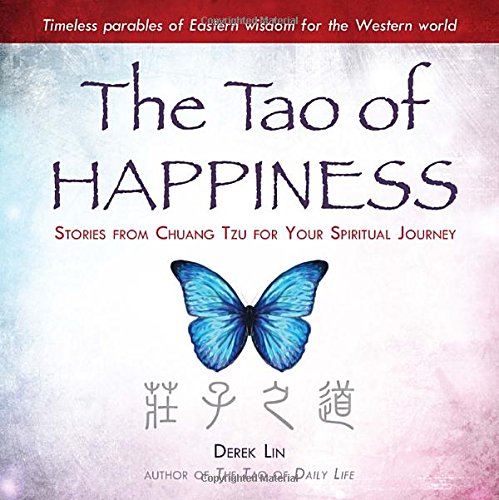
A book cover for The Tao of Happiness: Stories from Chuang Tzu for Your Spiritual Journey; Derek Lin; Religion & Spirituality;